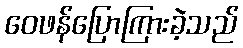
ဝေဖန်ပြောကြားခဲ့သည်